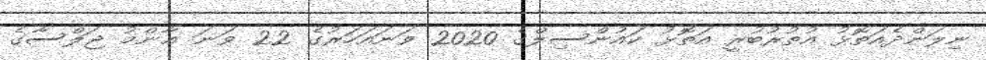
ނިލަންދެއަތޮޅު އުތުރުބުރީ އަތޮޅު ކައުންސިލްގެ 2020 ވަނައަހަރުގެ 22 ވަނަ ޢާންމު ޖަލްސާގެ